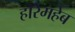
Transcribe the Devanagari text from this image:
होरेमहेब